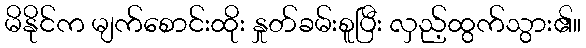
မိနိုင်က မျက်စောင်းထိုး နှုတ်ခမ်းစူပြီး လှည့်ထွက်သွား၏။